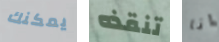
يمكنك تنقذه انا